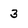
Character: 3